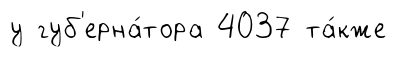
у губ'ерна́тора 4037 та́кже